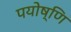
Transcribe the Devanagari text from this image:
पयोष्णि